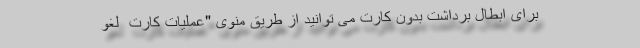
برای ابطال برداشت بدون کارت می توانید از طریق منوی "عملیات کارت  لغو